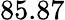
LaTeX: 85.87